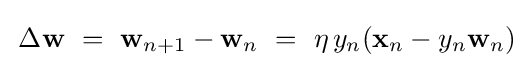
\,\Delta \mathbf {w} ~=~\mathbf {w} _{n+1}-\mathbf {w} _{n}~=~\eta \,y_{n}(\mathbf {x} _{n}-y_{n}\mathbf {w} _{n})